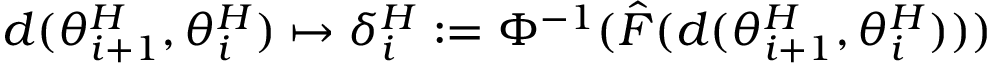
d ( { \theta } _ { i + 1 } ^ { H } , { \theta } _ { i } ^ { H } ) \mapsto \delta _ { i } ^ { H } : = \Phi ^ { - 1 } ( \hat { F } ( d ( { \theta } _ { i + 1 } ^ { H } , { \theta } _ { i } ^ { H } ) ) )